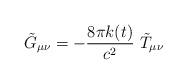
LaTeX: \begin{align*}\tilde{G}_{\mu\nu}=-\frac{8\pi k(t)}{c^2}\ \tilde{T}_{\mu\nu}\end{align*}